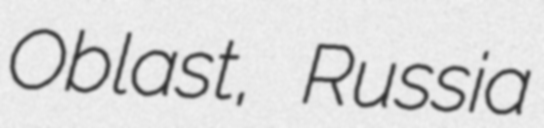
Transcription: Oblast, Russia